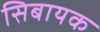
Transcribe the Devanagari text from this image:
सिबायक